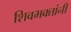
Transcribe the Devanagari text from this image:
शिवभक्तांनी